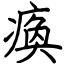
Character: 瘓